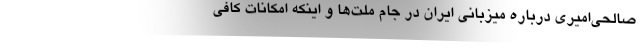
صالحی‌امیری درباره میزبانی ایران در جام ملت‌ها و اینکه امکانات کافی